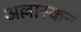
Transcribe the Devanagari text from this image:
अल्लास्कन